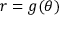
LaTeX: r = g ( \theta )